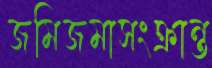
জমিজমাসংক্রান্ত